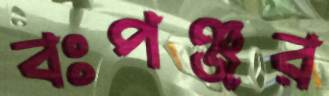
বঃপঞ্জর